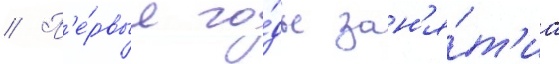
// П'е́рвые го́ды зан'я́т'иа